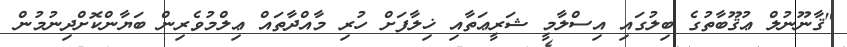
"ޤާނޫނުލް ޢުޤޫބާތުގެ ބިލުގައި އިސްލާމީ ޝަރީޢަތާއި ޚިލާފަށް ހުރި މާއްދާތައް ޢިލްމުވެރިން ބަޔާންކޮށްދިނުމުން